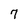
Character: 7